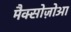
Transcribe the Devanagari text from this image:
मैक्सोज़ोआ